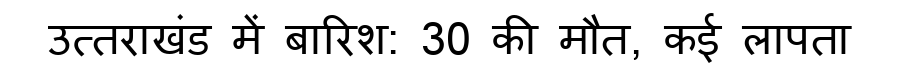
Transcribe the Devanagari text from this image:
उत्तराखंड में बारिश: 30 की मौत, कई लापता